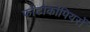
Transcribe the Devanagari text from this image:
फोटोकॉपियरों